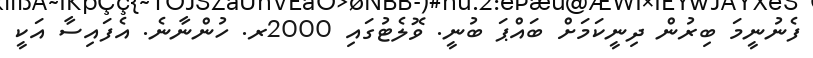
ފެނުނީމަ ބިރުން ދިނީކަމަށް ބައްޕަ ބުނީ. ވޮލެޓުގައި 2000ރ. ހުންނާނެ. އެފައިސާ އަކީ